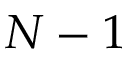
N - 1